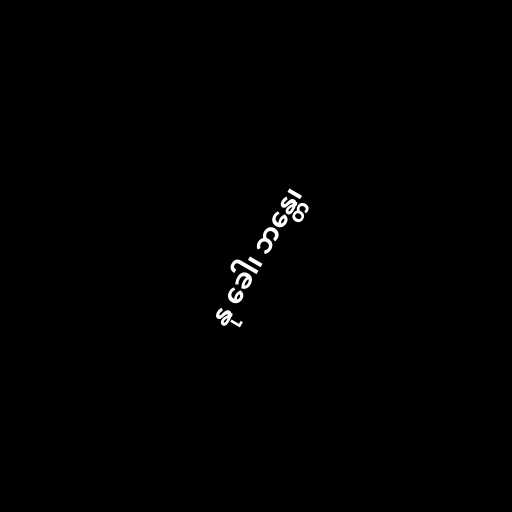
နု ခေါ၊ ဘန္တေ၊